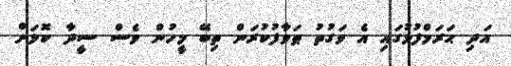
އަދި ޙަރަމްފުޅުގައި އެ ވަގުތު ޠަވާފުކުރަން ތިބޭ މީހުން ވެސް ސީދާ ކޮޅަށް